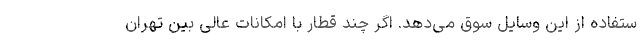
ستفاده از این وسایل سوق می‌دهد. اگر چند قطار با امکانات عالی بین تهران